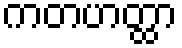
ကတဟတ္ထာ